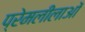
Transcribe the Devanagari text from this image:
प्रेमलीलाओं